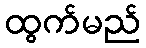
ထွက်မည်